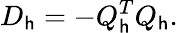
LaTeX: D_{\mathsf{h}}=-Q_{\mathsf{h}}^{T}Q_{\mathsf{h}}.